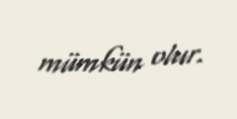
mümkün olur.